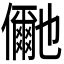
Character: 𭀍